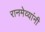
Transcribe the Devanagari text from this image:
रानमेव्यांनी